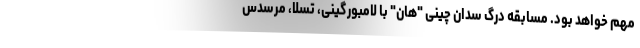
مهم خواهد بود. مسابقه درگ سدان چینی "هان" با لامبورگینی، تسلا، مرسدس